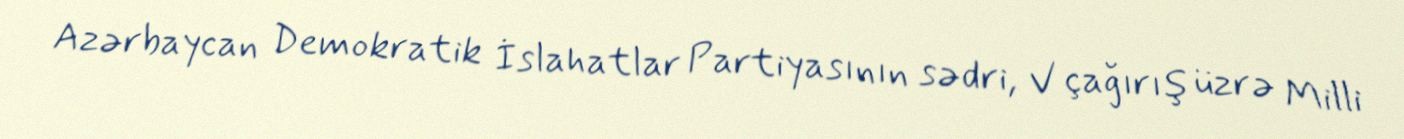
Azərbaycan Demokratik İslahatlar Partiyasının sədri, V çağırış üzrə Milli